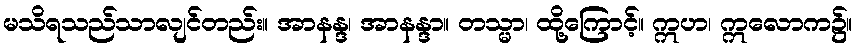
မသိရသည်သာလျင်တည်း။ အာနန္ဒ၊ အာနန္ဒာ။ တသ္မာ၊ ထို့ကြောင့်။ ဣဟ၊ ဣလောက၌။